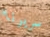
سريرنا